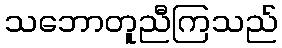
သဘောတူညီကြသည်